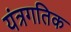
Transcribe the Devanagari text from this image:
यंत्रगतिक